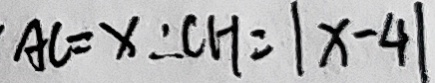
A C = x \therefore C H = \vert x - 4 \vert